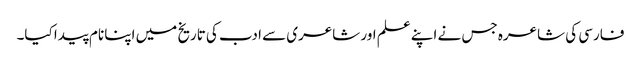
فارسی کی شاعرہ جس نے اپنے علم اور شاعری سے ادب کی تاریخ میں اپنا نام پیدا کیا۔